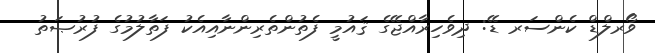
ވޯރލްޑް ކެންސަރ ޑޭ: ދިވެހިރާއްޖޭގެ ޤައުމީ ފެތުންތެރިންނާއިއެކު ފަތާލުމުގެ ފުރުޞަތު